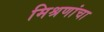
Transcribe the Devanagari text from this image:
मिश्रणांचा